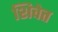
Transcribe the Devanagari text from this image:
शिवेत